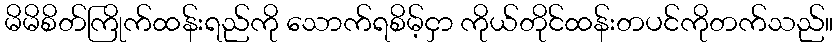
မိမိစိတ်ကြိုက်ထန်းရည်ကို သောက်ရစိမ့်ငှာ ကိုယ်တိုင်ထန်းတပင်ကိုတက်သည်။